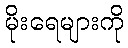
မိုးရေများကို